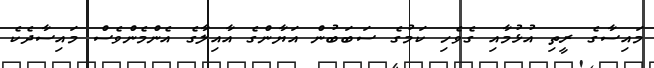
މައިސާގެ ރީތި އުޅުމާއި ގެވެހި ކަމުގެ ސަބަބުން އަޔާންގެ އާއިލާގެ އެންމެންވެސް މައިސާދެކެ